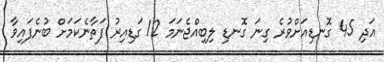
އަދި 45 ގޮނޑިއަށްވުރެ ގިނަ ގޮނޑި ލިބިއްޖެނަމަ 12 ގަޑިއިރު ފަތާނެކަމަށް ބުނެފައިވާ